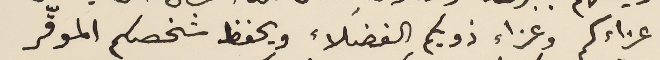
عزاءكم وعزاء ذويكم الفضلاء ويحفظ شخصكم الموقّر